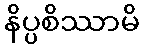
နိပ္ပစိဿာမိ